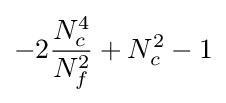
-2{\frac {N_{c}^{4}}{N_{f}^{2}}}+N_{c}^{2}-1